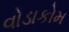
વોડાકોમ